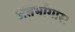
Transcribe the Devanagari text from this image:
अंतर्भागास